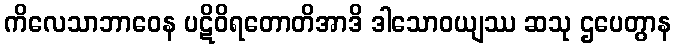
ကိလေသာဘာဝေန ပဋိဝိရတောတိအာဒိ ဒါသောဝယျဿ ဆသု ဌပေတွာန